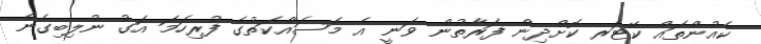
ކެއުންތައް ކޭޓަރ ކޮށްދިން ފަރާތުން ވަނީ އެ މަސައްކަތުގެ ފުރިހަމަ އަގު ނުލިބިގެން